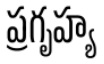
ప్రగృహ్య